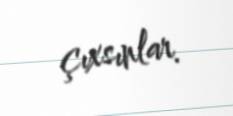
çıxsınlar.